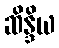
ဆိန္ဒိယ